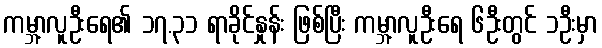
ကမ္ဘာ့လူဦးရေ၏ ၁၇.၃၁ ရာခိုင်နှုန်း ဖြစ်ပြီး ကမ္ဘာ့လူဦးရေ ၆ဦးတွင် ၁ဦးမှာ